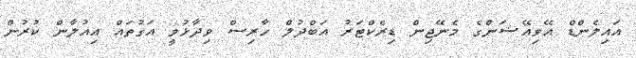
އައިލެންޑް އޭވިއޭޝަންގެ މެނޭޖިން ޑިރެކްޓަރު އަބްދުލް ހާރިސް ވިދާޅުވީ އަގުތައް އިއުލާން ކުރުން